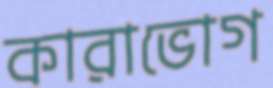
কারাভোগ